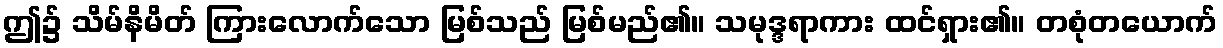
ဤ၌ သိမ်နိမိတ် ကြားလောက်သော မြစ်သည် မြစ်မည်၏။ သမုဒ္ဒရာကား ထင်ရှား၏။ တစုံတယောက်